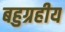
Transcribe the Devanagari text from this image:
बहुग्रहीय